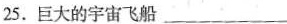
25.巨大的宇宙飞船___